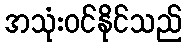
အသုံးဝင်နိုင်သည်